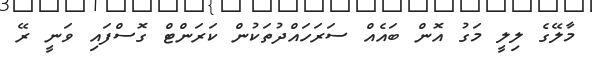
މާލޭގެ ލިލީ މަގު އޮން ބައެއް ސަރަހައްދުތަކުން ކަރަންޓް ގޮސްފައި ވަނީ ރޭ